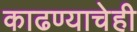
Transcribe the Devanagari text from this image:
काढण्याचेही